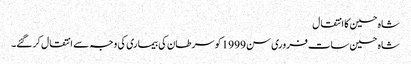
شاہ حسین کا انتقال
شاہ حسین سات فروری سن 1999 کو سرطان کی بیماری کی وجہ سے انتقال کر گئے۔